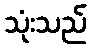
သုံးသည်